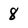
Character: 8